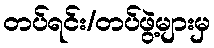
တပ်ရင်း/တပ်ဖွဲ့များမှ